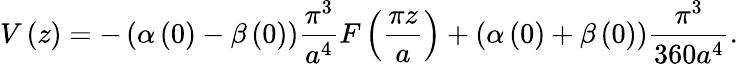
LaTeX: V\left(z\right)=-\left(\alpha\left(0\right)-\beta\left(0\right)\right)\frac{\pi^{3}}{a^{4}}F\left(\frac{\pi z}{a}\right)+\left(\alpha\left(0\right)+\beta\left(0\right)\right)\frac{\pi^{3}}{360a^{4}}.